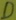
Text: D